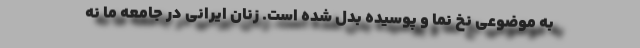
به موضوعی نخ نما و پوسیده بدل شده است. زنان ایرانی در جامعه ما نه